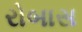
રોબાસ